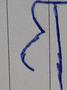
Signature authenticity: forged